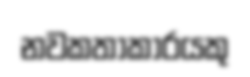
නවකතාකාරයකු